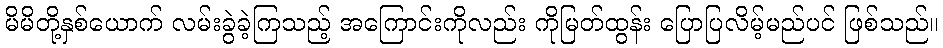
မိမိတို့နှစ်ယောက် လမ်းခွဲခဲ့ကြသည့် အကြောင်းကိုလည်း ကိုမြတ်ထွန်း ပြောပြလိမ့်မည်ပင် ဖြစ်သည်။